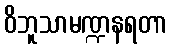
ဝိဘူသာမဏ္ဍနရတာ